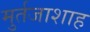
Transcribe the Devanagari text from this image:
मुर्तजाशाह